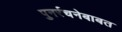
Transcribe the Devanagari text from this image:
पुनर्रचनेबाबत